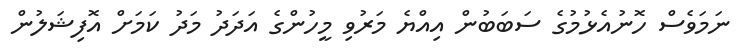
ނަމަވެސް ހޮނުއެޅުމުގެ ސަބަބުން އިއްޔެ މަރުވި މީހުންގެ އަދަދު މަދު ކަމަށް އޮފިޝަލުން